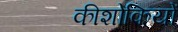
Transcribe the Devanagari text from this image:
कीशोकियों